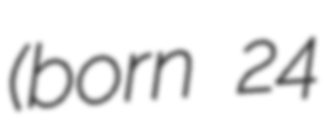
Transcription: (born 24